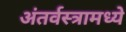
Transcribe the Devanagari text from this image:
अंतर्वस्त्रामध्ये